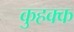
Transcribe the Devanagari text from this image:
कुहक्क